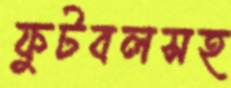
ফুটবলসহ